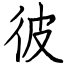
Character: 彼